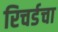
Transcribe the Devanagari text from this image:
रिचर्डचा